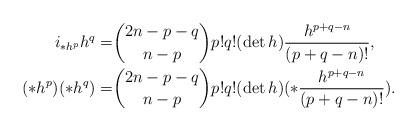
LaTeX: \begin{align*}i_{*h^p}h^q=& \binom{2n-p-q}{n-p}p!q!(\det h)\frac{h^{p+q-n}}{(p+q-n)!},\\(*h^p)(*h^q)=& \binom{2n-p-q}{n-p}p!q!(\det h)(*\frac{h^{p+q-n}}{(p+q-n)!}).\end{align*}